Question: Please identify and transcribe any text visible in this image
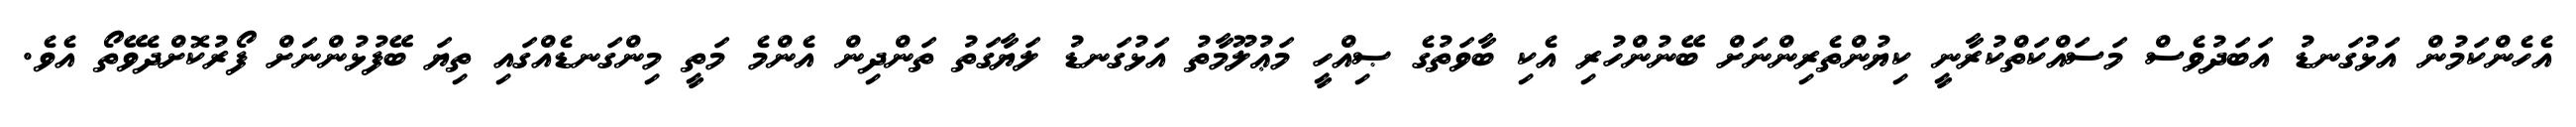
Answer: އެހެންކަމުން އަޅުގަނޑު އަބަދުވެސް މަސައްކަތްކުރާނީ ކިޔުންތެރިންނަށް ބޭނުންހުރި އެކި ބާވަތުގެ ޞިއްހީ މަޢުލޫމާތު އަޅުގަނޑު ލަޔާގަތު ތަންދިން އެންމެ މަތީ މިންގަނޑެއްގައި ތިޔަ ބޭފުޅުންނަށް ފޯރުކޮށްދެވޭތޯ އެވެ.